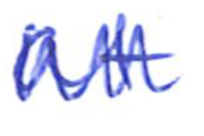
Text: at
Cross-out: zig-zag
Writing tool: ballpoint